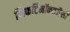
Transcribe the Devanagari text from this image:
निफर्टिमॉक्सजैसी